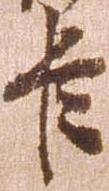
臣